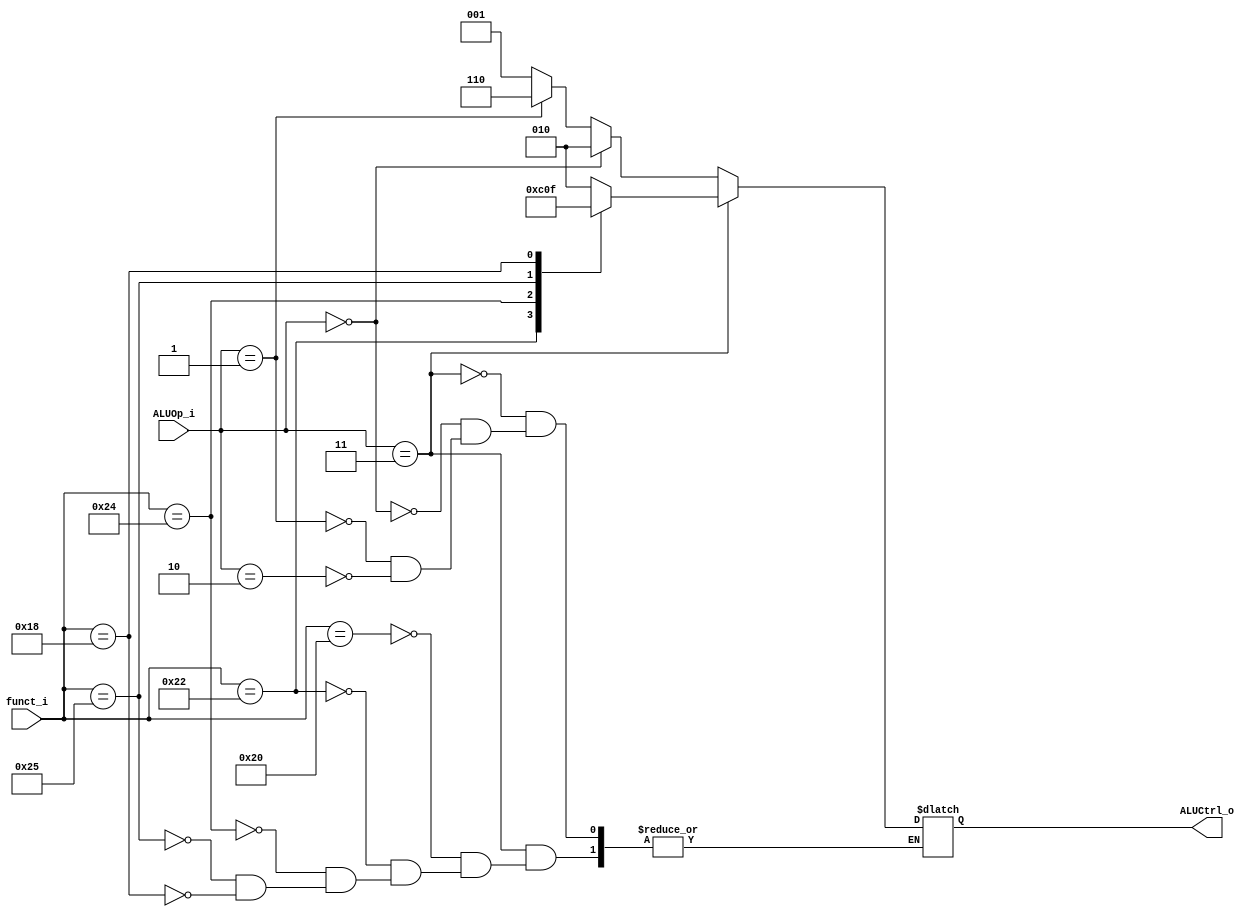
module ALU_Control(funct_i, ALUOp_i, ALUCtrl_o);
	input [5:0] funct_i;
	input [1:0] ALUOp_i;
	output [2:0] ALUCtrl_o;

	reg [2:0] ALUCtrl_o;

	always @(funct_i or ALUOp_i) begin
		if (ALUOp_i == 2'b11) begin
			case (funct_i[5:0])
			// add
			6'b100000:
				begin
					ALUCtrl_o <= 3'b010;
				end
			// subtract
			6'b100010:
				begin
					ALUCtrl_o <= 3'b110;
				end
			// and
			6'b100100:
				begin
					ALUCtrl_o <= 3'b000;
				end
			// or
			6'b100101:
				begin
					ALUCtrl_o <= 3'b001;
				end
			// mul
			6'b011000:
				begin
					ALUCtrl_o <= 3'b111;
				end
			endcase
		end
		// won't be use in this homework
		else if(ALUOp_i == 2'b00) begin
			ALUCtrl_o <= 3'b010; // addi will go into this 
		end
		else if(ALUOp_i == 2'b01) begin
			ALUCtrl_o <= 3'b110;			
		end
		else if(ALUOp_i == 2'b10) begin
			ALUCtrl_o <= 3'b001;		
		end
	end
endmodule